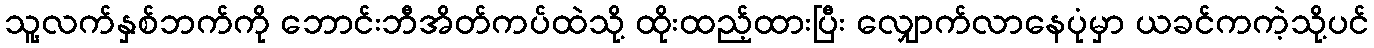
သူ့လက်နှစ်ဘက်ကို ဘောင်းဘီအိတ်ကပ်ထဲသို့ ထိုးထည့်ထားပြီး လျှောက်လာနေပုံမှာ ယခင်ကကဲ့သို့ပင်